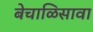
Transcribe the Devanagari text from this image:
बेचाळिसावा